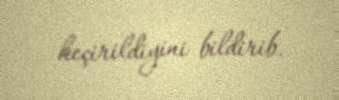
keçirildiyini bildirib.